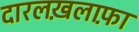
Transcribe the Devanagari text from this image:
दारलख़लाफ़ा